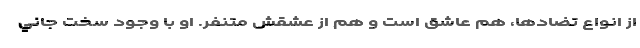
از انواع تضادها، هم عاشق است و هم از عشقش متنفر. او با وجود سخت جاني